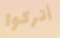
أتركوا